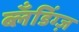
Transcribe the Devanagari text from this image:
ब्लँडिंग्ज़